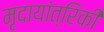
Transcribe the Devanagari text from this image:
मृदायांत्रिकी